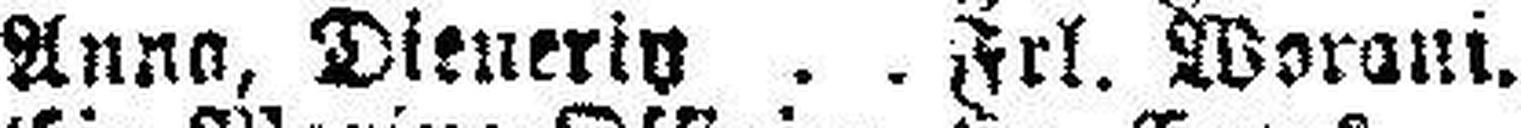
Anna, Dienerin Frl. Worani.